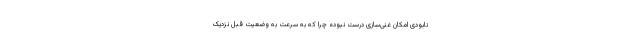
نابودی امکان غنی‌سازی درست نبوده چرا که به سرعت به وضعیت قبل نزدیک